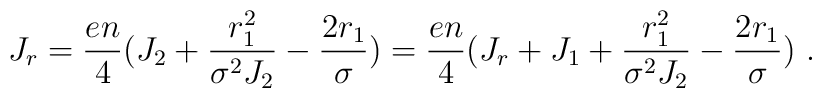
J_r={{en}\over 4}(J_2+{{r_1^2}\over{\sigma^2J_2}}-{{2r_1}\over{\sigma}})={{en}\over 4}(J_r+J_1+{{r_1^2}\over{\sigma^2J_2}}-{{2r_1}\over{\sigma}})~.